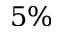
5 \%